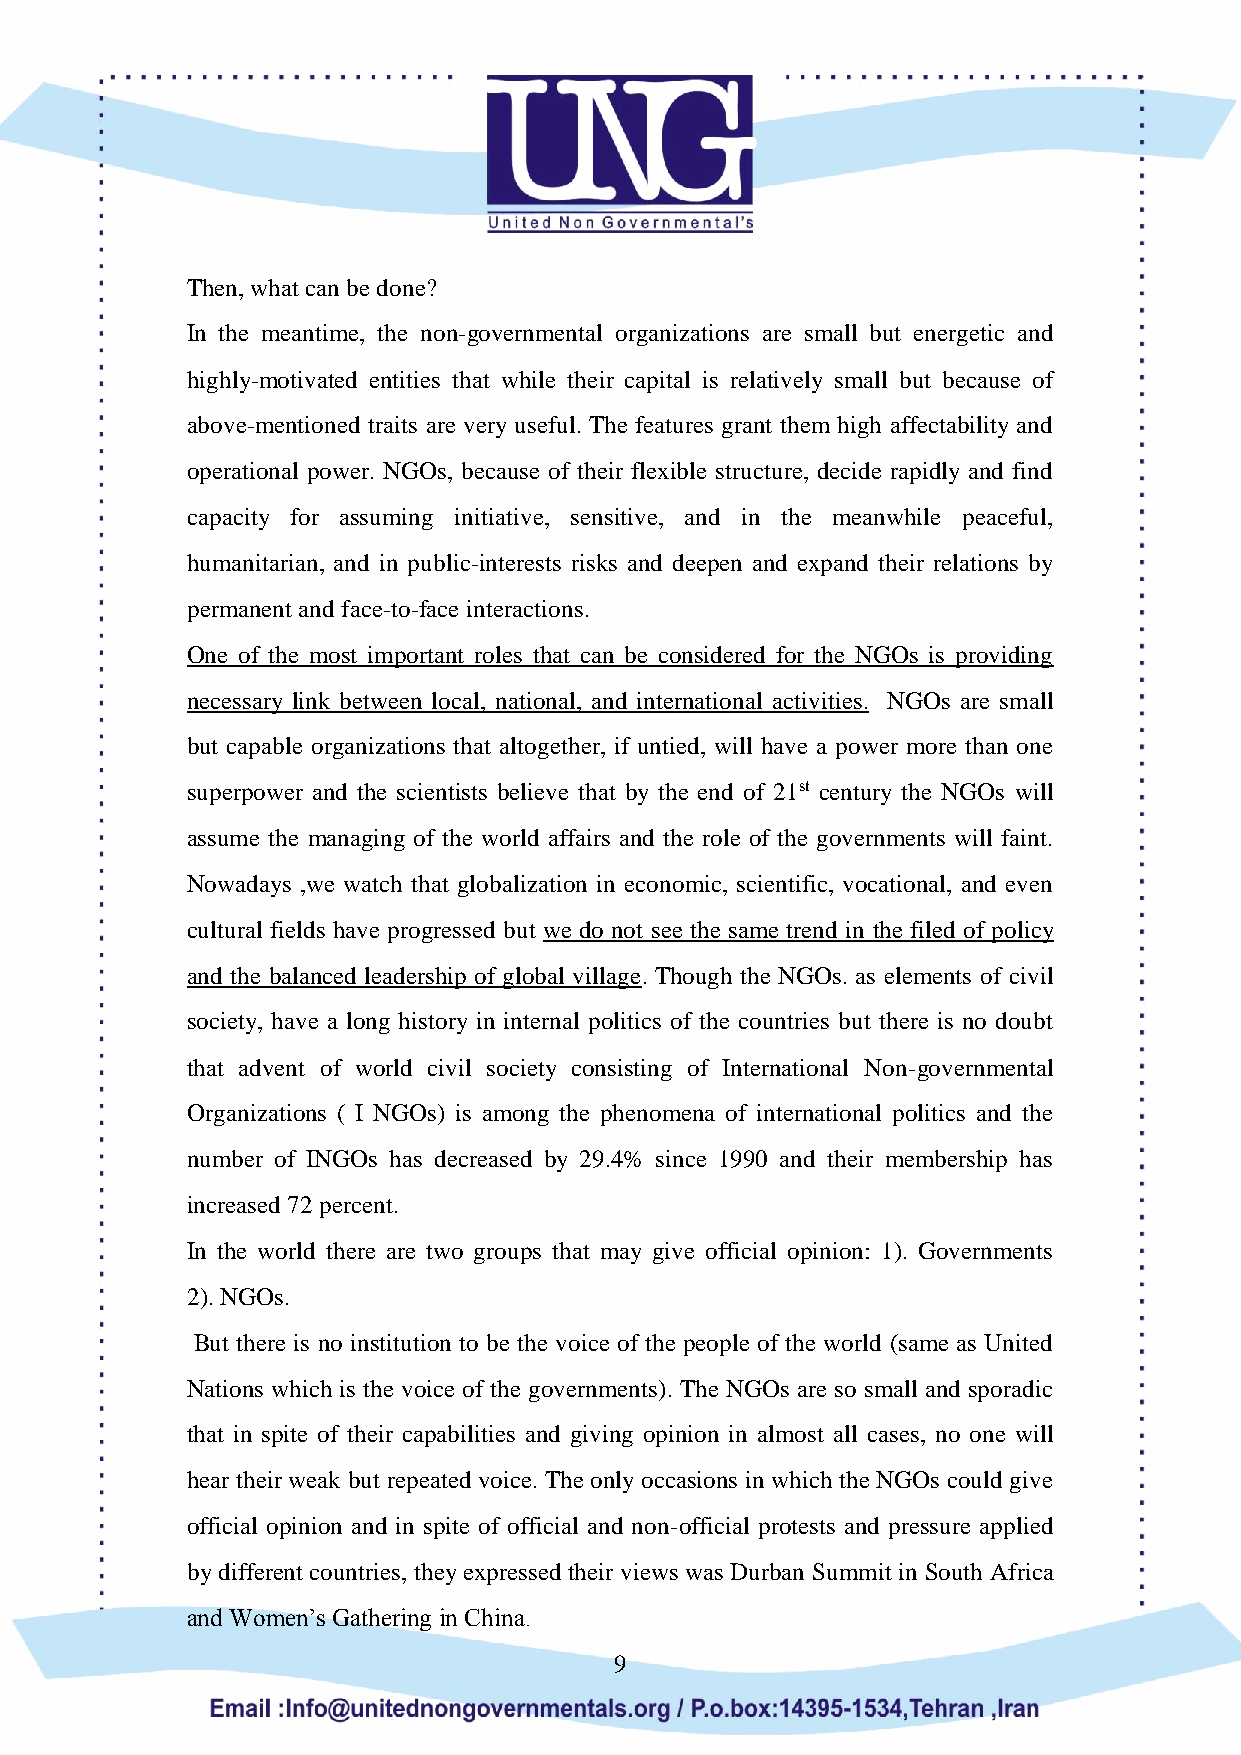
Then, what can be done?
 In the meantime, the non-governmental organizations are small but energetic and
 highly-motivated entities that while their capital is relatively small but because of
 above-mentioned traits are very useful. The features grant them high affectability and
 operational power. NGOs, because of their flexible structure, decide rapidly and find
 capacity for assuming initiative, sensitive, and in the meanwhile peaceful,
 humanitarian, and in public-interests risks and deepen and expand their relations by
 permanent and face-to-face interactions.
 One of the most important roles that can be considered for the NGOs is providing
 necessary link between local, national, and international activities. NGOs are small
 but capable organizations that altogether, if untied, will have a power more than one
 superpower and the scientists believe that by the end of 21st century the NGOs will
 assume the managing of the world affairs and the role of the governments will faint.
 Nowadays ,we watch that globalization in economic, scientific, vocational, and even
 cultural fields have progressed but we do not see the same trend in the filed of policy
 and the balanced leadership of global village. Though the NGOs. as elements of civil
 society, have a long history in internal politics of the countries but there is no doubt
 that advent of world civil society consisting of International Non-governmental
 Organizations ( I NGOs) is among the phenomena of international politics and the
 number of INGOs has decreased by 29.4% since 1990 and their membership has
 increased 72 percent.
 In the world there are two groups that may give official opinion: 1). Governments
 2). NGOs.
 But there is no institution to be the voice of the people of the world (same as United
 Nations which is the voice of the governments). The NGOs are so small and sporadic
 that in spite of their capabilities and giving opinion in almost all cases, no one will
 hear their weak but repeated voice. The only occasions in which the NGOs could give
 official opinion and in spite of official and non-official protests and pressure applied
 by different countries, they expressed their views was Durban Summit in South Africa
 and Women’s Gathering in China.
 9